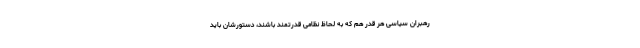
رهبران سیاسی هر قدر هم که به لحاظ نظامی قدرتمند باشند، دستورشان باید